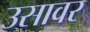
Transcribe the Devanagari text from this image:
उसावर